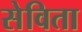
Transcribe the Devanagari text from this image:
सेविता